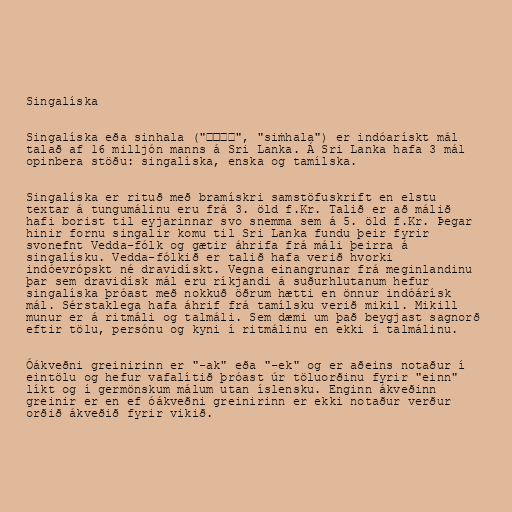
Singalíska

Singalíska eða sinhala ("සිංහල", "siṁhala") er indóarískt mál
talað af 16 milljón manns á Sri Lanka. Á Sri Lanka hafa 3 mál
opinbera stöðu: singalíska, enska og tamílska.

Singalíska er rituð með bramískri samstöfuskrift en elstu
textar á tungumálinu eru frá 3. öld f.Kr. Talið er að málið
hafi borist til eyjarinnar svo snemma sem á 5. öld f.Kr. Þegar
hinir fornu singalir komu til Sri Lanka fundu þeir fyrir
svonefnt Vedda-fólk og gætir áhrifa frá máli þeirra á
singalísku. Vedda-fólkið er talið hafa verið hvorki
indóevrópskt né dravidískt. Vegna einangrunar frá meginlandinu
þar sem dravidísk mál eru ríkjandi á suðurhlutanum hefur
singalíska þróast með nokkuð öðrum hætti en önnur indóárísk
mál. Sérstaklega hafa áhrif frá tamílsku verið mikil. Mikill
munur er á ritmáli og talmáli. Sem dæmi um það beygjast sagnorð
eftir tölu, persónu og kyni í ritmálinu en ekki í talmálinu.

Óákveðni greinirinn er "-ak" eða "-ek" og er aðeins notaður í
eintölu og hefur vafalítið þróast úr töluorðinu fyrir "einn"
líkt og í germönskum málum utan íslensku. Enginn ákveðinn
greinir er en ef óákveðni greinirinn er ekki notaður verður
orðið ákveðið fyrir vikið.